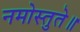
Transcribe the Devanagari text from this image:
नमोस्तुते॥